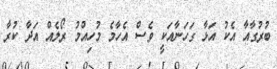
ބުރުގާއާ އެކު އަޅާ ގަހަނާއަކީ ވެސް އެހާމެ މުހިއްމު ރޯލެއް އަދާ ކުރާ